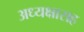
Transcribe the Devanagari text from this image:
अध्यक्षासह